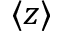
\langle z \rangle